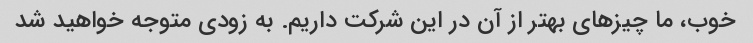
خوب، ما چیزهای بهتر از آن در این شرکت داریم. به زودی متوجه خواهید شد